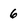
Character: 6